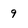
Character: 9